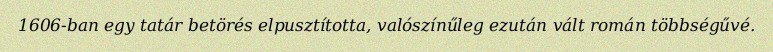
1606-ban egy tatár betörés elpusztította, valószínűleg ezután vált román többségűvé.